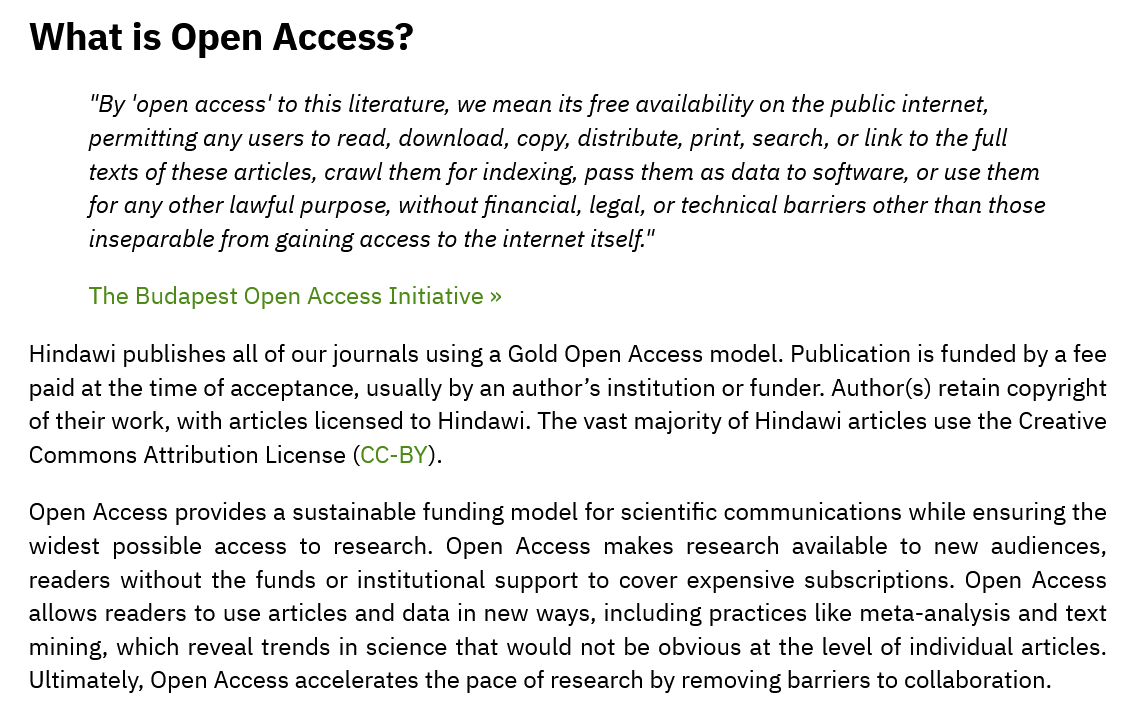
What   is   Open    Access?
     "By ‘open access' to this literature, we mean its free availability on the public internet,
     permitting any users to read, download, copy, distribute, print, search, or link to the full
     texts of these articles, crawl them for indexing, pass them as data to software, or use them
     for any other lawful purpose, without financial, legal, or technical barriers other than those
     inseparable from gaining access to the internet itself."
     The Budapest Open Access Initiative »
   Hindawi publishes all of our journals using a Gold Open Access model. Publication is funded by a fee
   paid at the time of acceptance, usually by an author’s institution or funder. Author(s) retain copyright
   of their work, with articles licensed to Hindawi. The vast majority of Hindawi articles use the Creative
   Commons Attribution License (CC-BY).
   Open Access provides a sustainable funding model for scientific communications while ensuring the
   widest possible access to research. Open Access makes research available to new audiences,
   readers without the funds or institutional support to cover expensive subscriptions. Open Access
   allows readers to use articles and data in new ways, including practices like meta-analysis and text
   mining, which reveal trends in science that would not be obvious at the level of individual articles.
   Ultimately, Open Access accelerates the pace of research by removing barriers to collaboration.